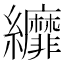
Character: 𦇺